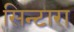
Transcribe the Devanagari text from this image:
सिन्टारा